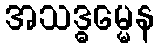
အသဒ္ဓမ္မေန